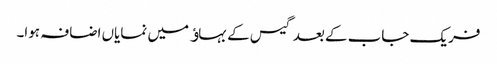
فریک جاب کے بعد گیس کے بہاﺅ میں نمایاں اضافہ ہوا۔